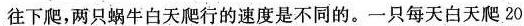
往下爬，两只蜗牛白天爬行的速度是不同的。一只每天白天爬20